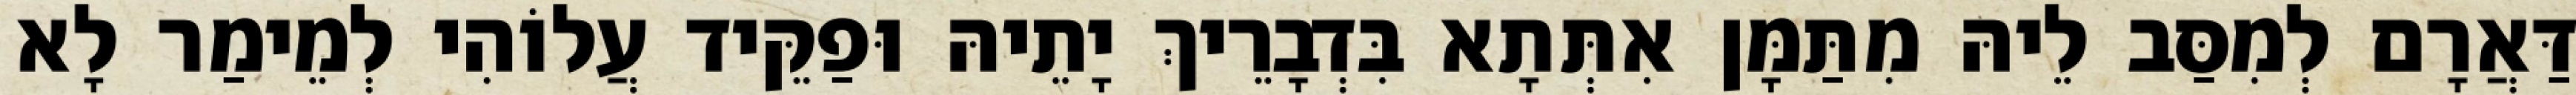
דַּאֲרָם לְמִסַּב לֵיהּ מִתַּמָּן אִתְּתָא בִּדְבָרֵיךְ יָתֵיהּ וּפַקֵּיד עֲלוֹהִי לְמֵימַר לָא